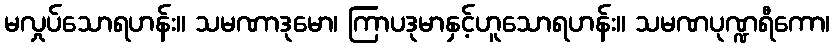
မလှုပ်သောရဟန်း။ သမဏာဒုမော၊ ကြာပဒုမာနှင့်ဟူသောရဟန်း။ သမဏပုဏ္ဍရီကော၊